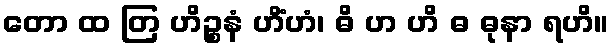
တော ထ တြ ဟိဉ္စနံ ဟိံဟံ၊ ဓိ ဟ ဟိ ဓ ဓုနာ ရဟိ။